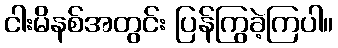
ငါးမိနစ်အတွင်း ပြန်ကြွခဲ့ကြပါ။